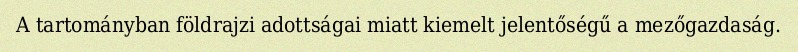
A tartományban földrajzi adottságai miatt kiemelt jelentőségű a mezőgazdaság.